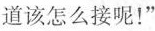
道该怎么接呢！”